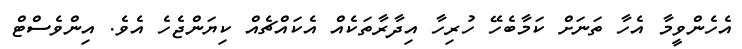
އެހެންވީމާ އެހާ ތަނަށް ކަމާބެހޭ ހުރިހާ އިދާރާތަކެއް އެކައްޗެއް ކިޔަންޖެހެ އެވެ. އިންވެސްޓް